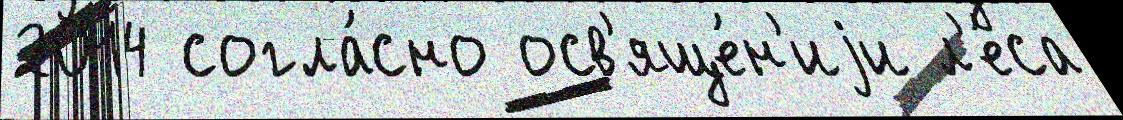
2014 согла́сно осв'яще́н'иjи л'е́са